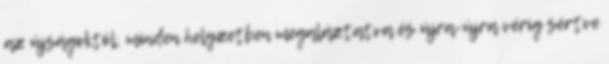
az újságoktól, minden helyzetben megaláztatva és újra-újra vérig sértve